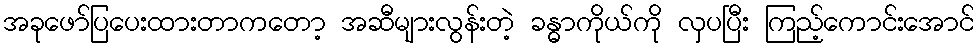
အခုဖော်ပြပေးထားတာကတော့ အဆီများလွန်းတဲ့ ခန္ဓာကိုယ်ကို လှပပြီး ကြည့်ကောင်းအောင်